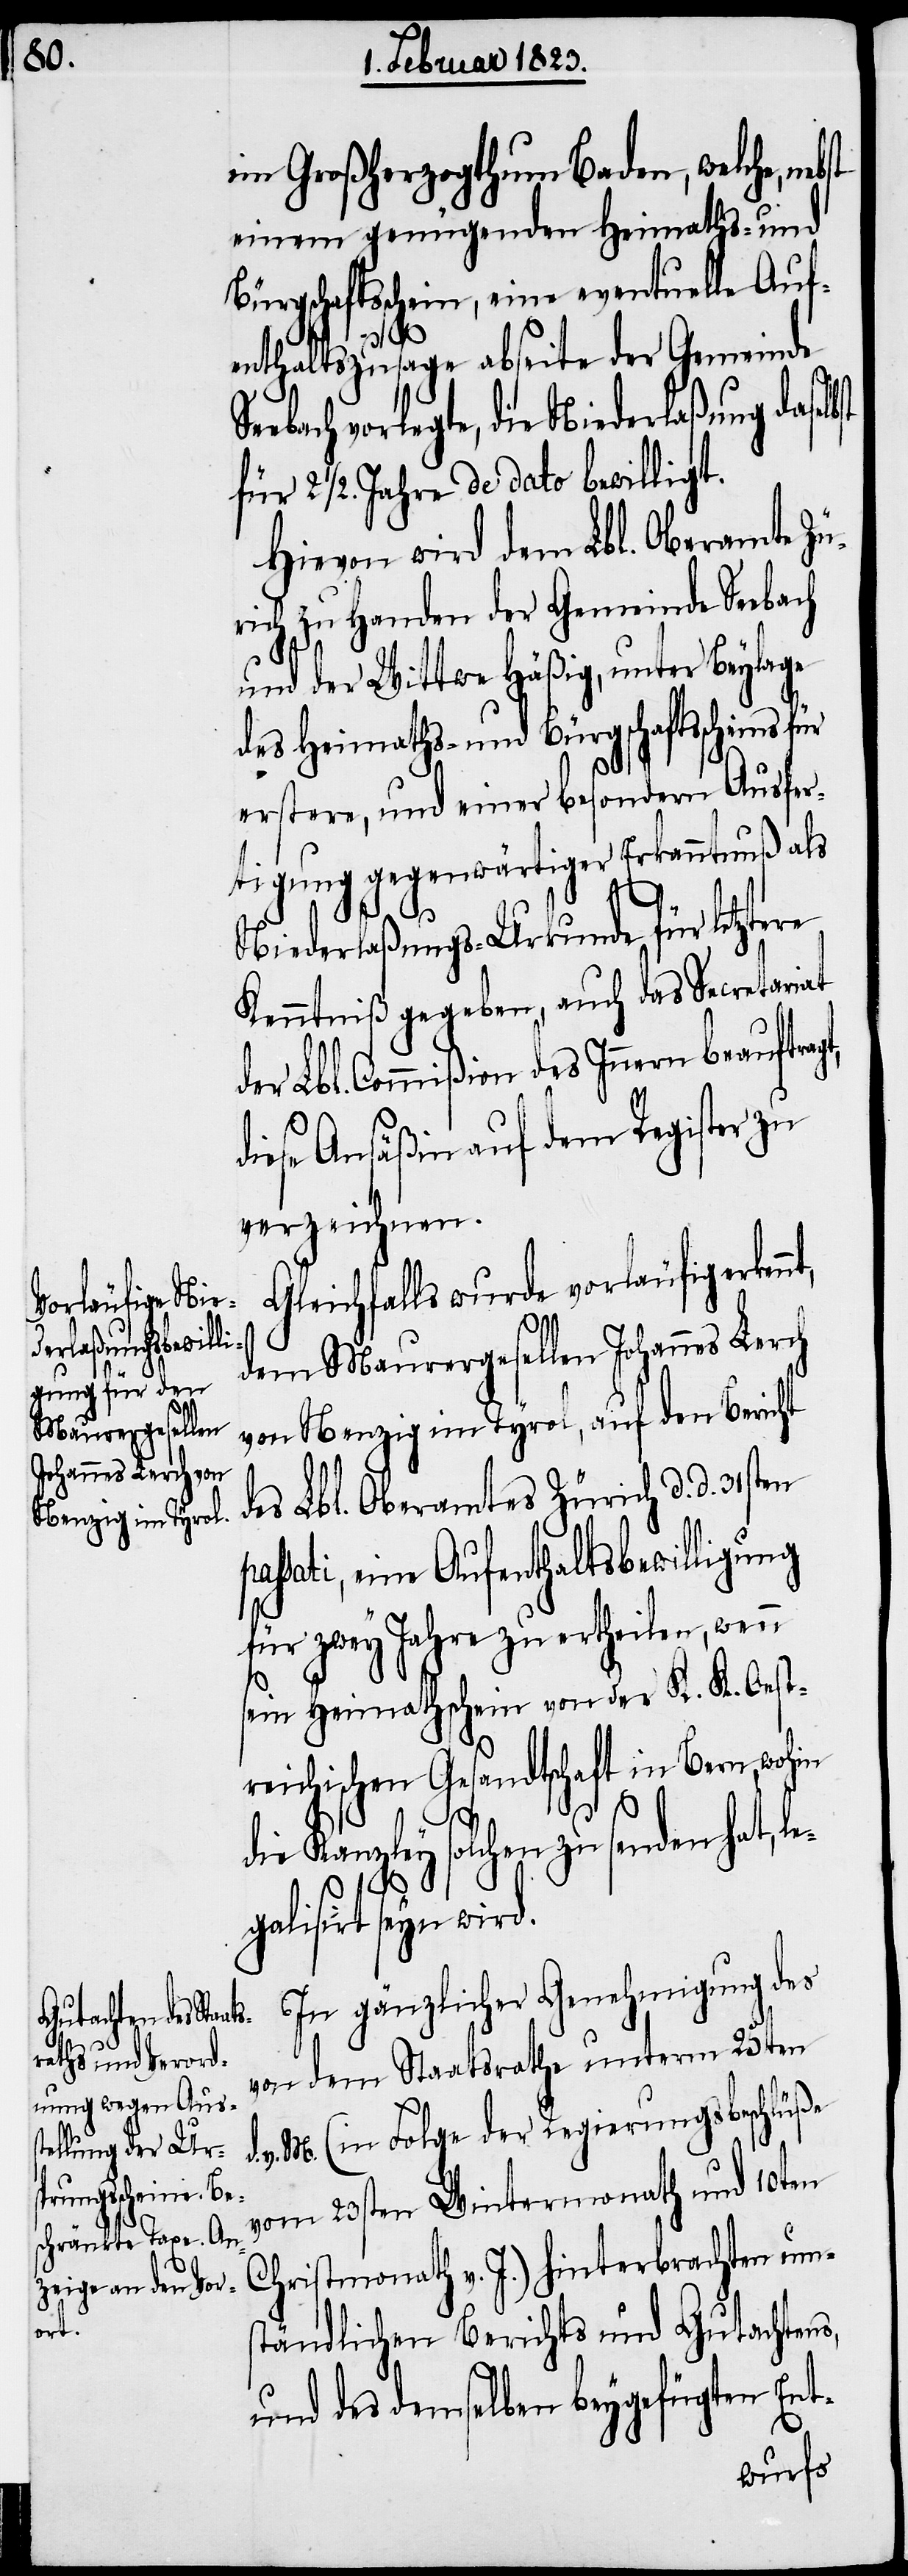
nt,

im Großherzogthum Baden, welche,
einem genügenden Heimaths- und
Bürgschaftsschein, eine eventuelle Auf¬
d.
enthaltszusage abseite der Gemeinde
vorlegte, die Niederlaßung das¬
für 2 1/2. Jahre de dato bewilligt.
Hievon wird dem Lbl. Oberamte Zü¬
rich zu Handen der Gemeinde Seebach
und der Wittwe Häßig, unter Beylage
des Heimaths- und Bürgschaftsscheins für
erstere, und einer besondern Ausfer¬
tigung gegenwärtiger Erkanntnuß als
Niederlaßungs-Urkunde für letztere
Kenntniß gegeben, auch das Secretariat
der Lbl. Commißion des Innern beauftra¬
diese Ansäßin auf dem Register zu
verzeichnen.
Gleichfalls wurde vorläufig erken¬
dem Maurergesellen Johannes Lerch
von Nenzig im Tyrol, auf den Bericht
des Lbl. Oberamtes Zürich d. d. 31sten
ssati, eine Aufenthaltsbewilligung
für zwey Jahre zu ertheilen, wenn
sein Heimathschein von der K. K. Oest¬
reichischen Gesandtschaft in Bern, wohin
die Kanzley solchen zu senden hat, le¬
pa¬
galisirt seyn wird.
In gänzlicher Genehmigung des
von dem Staatsrathe unterm 25[s]ten
v. M. (in Folge der Regierungsbeschlüße
vom 23sten Wintermonath und 10ten
Christmonath v. J.) hinterbrachten um¬
ständlichen Berichts und Gutachtens,
und des demselben beygefügten Ent-